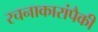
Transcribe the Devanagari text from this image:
रचनाकारांपैकी